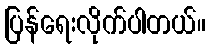
ပြန်ရေးလိုက်ပါတယ်။